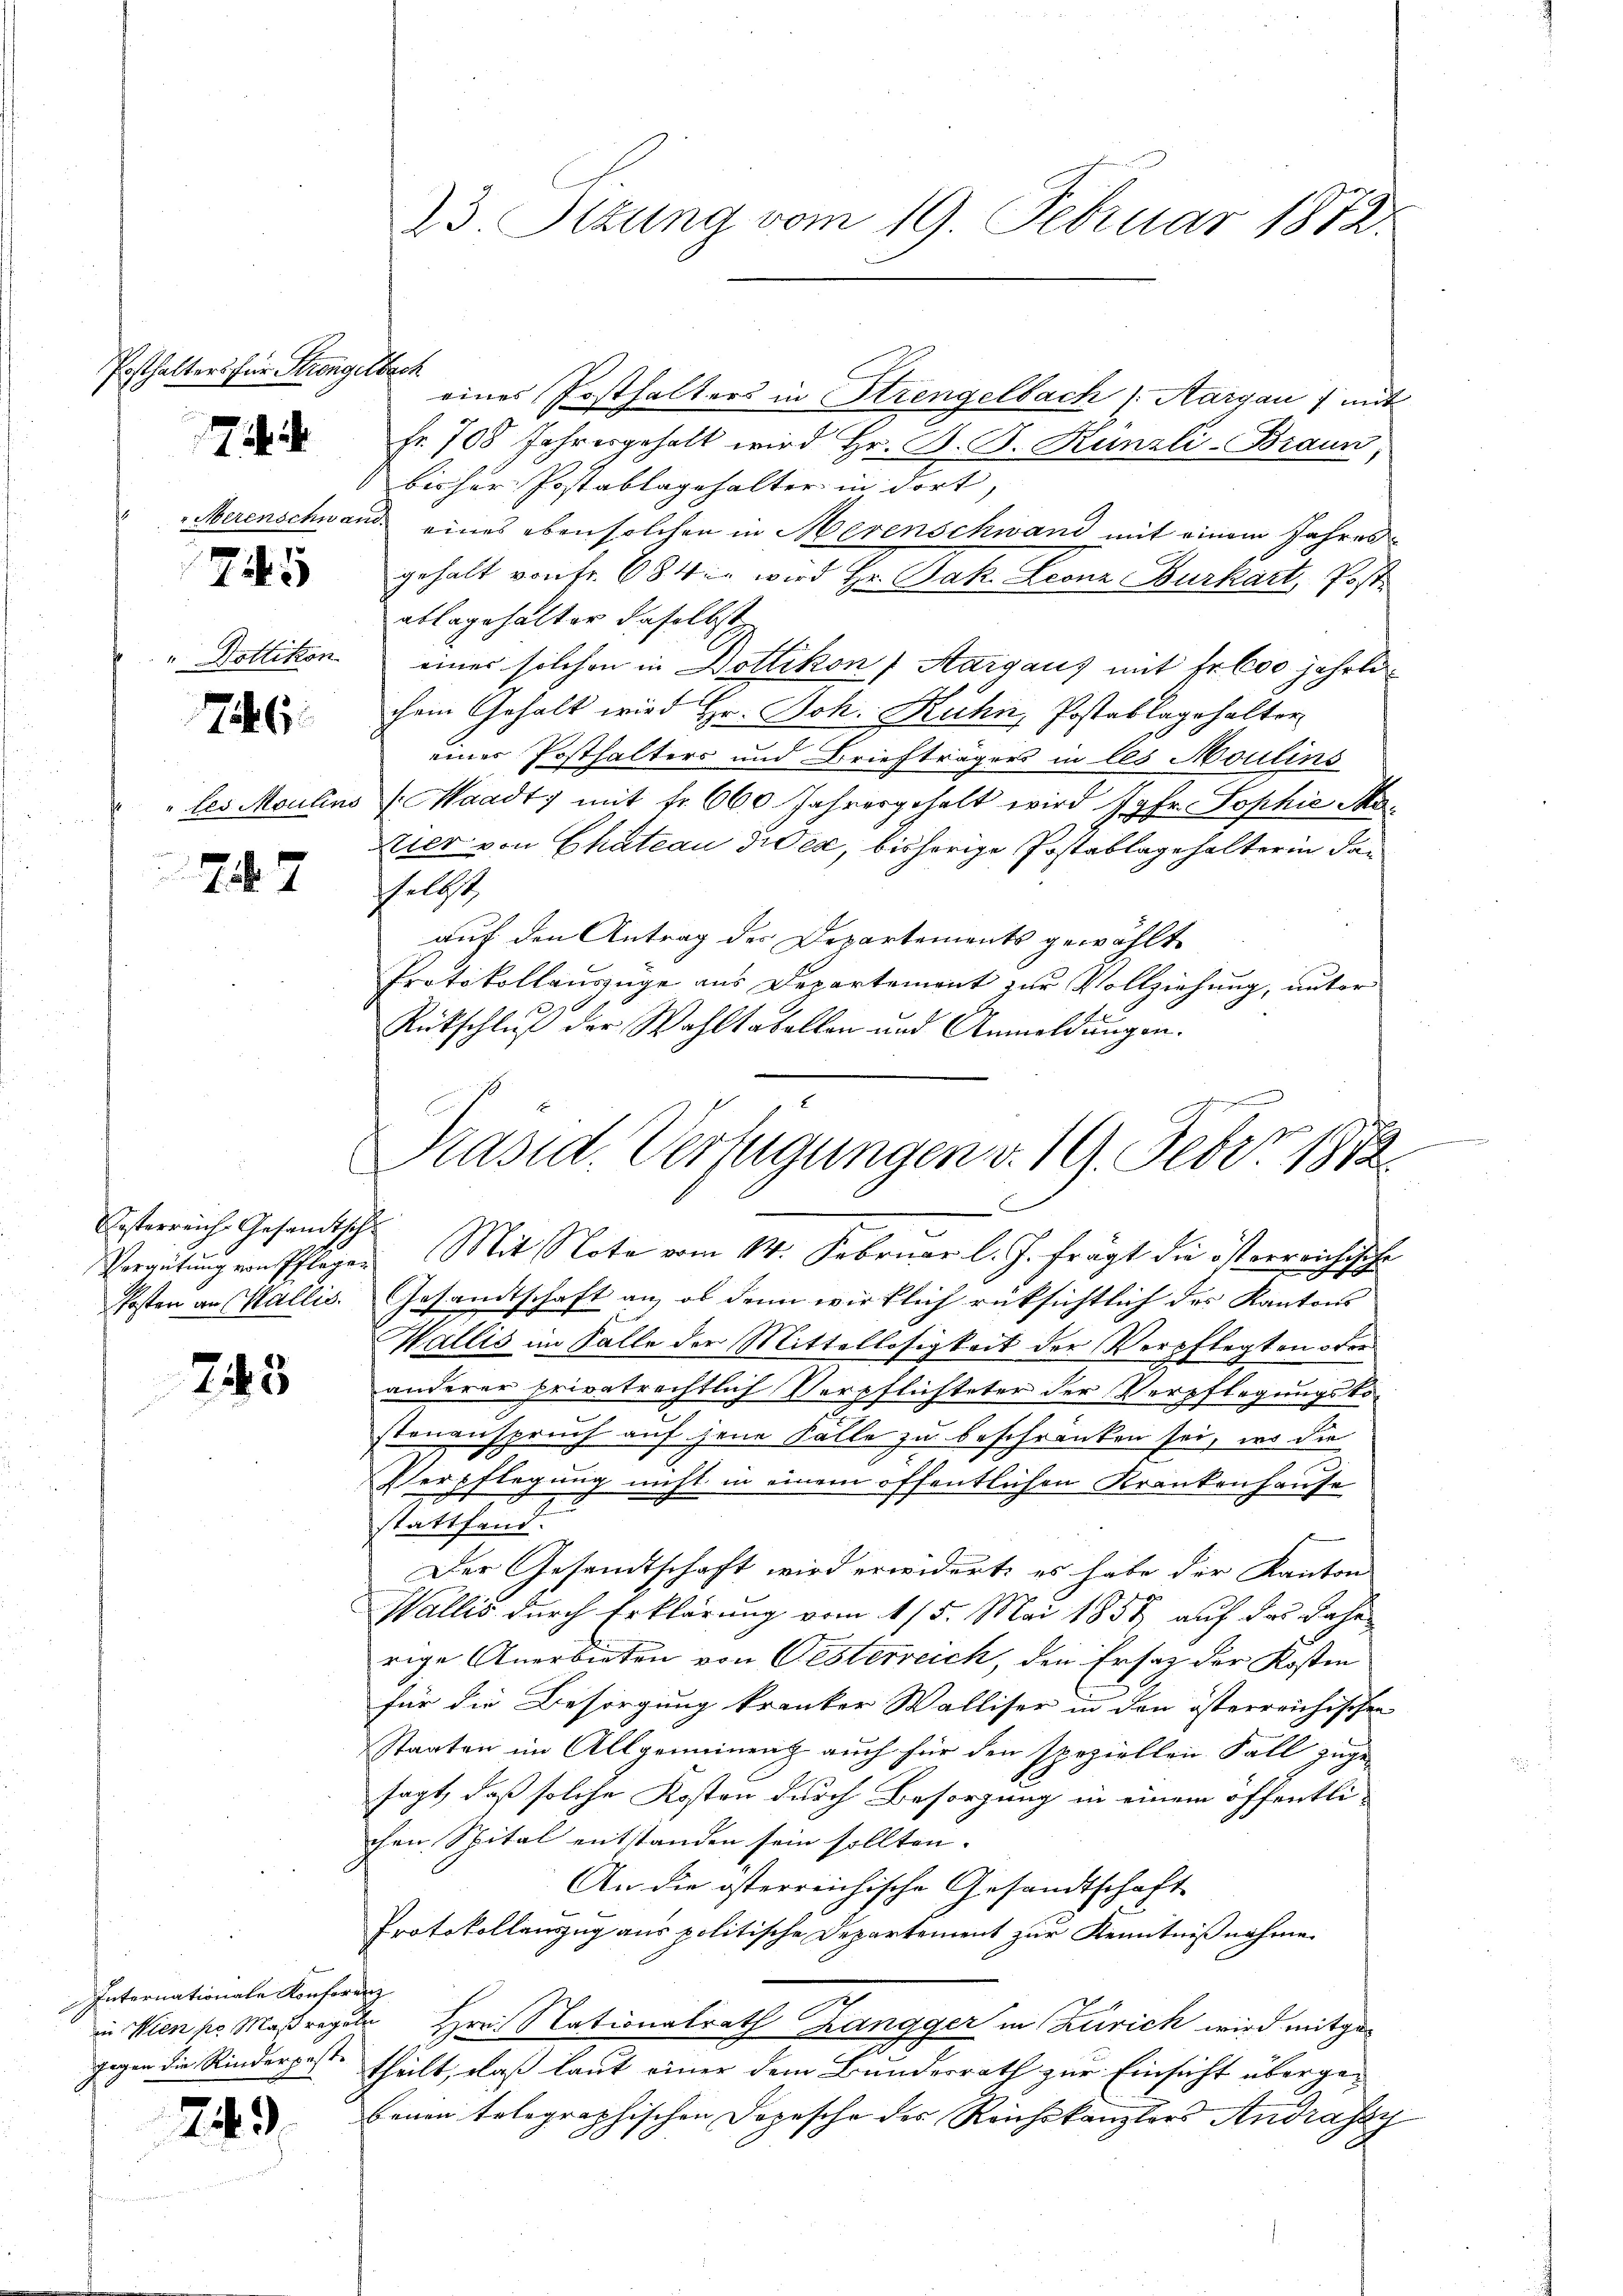
Posthalters für Strengelbach

7

745

76

747

Eesterreich Gesandtsch

245

Internationale Konferenz
gegen die Rinderpest.

249.

23. Sizung vom 19. Februar 1872.

eines Posthalters in Strengelbach 1. Aargau) mit
Fr. 708 Jahresgehalt wird Hr. B. G. Künzli-Braun
bisher Postablagehalter in dort,
Zerenschwand eines eben solchen in Merenschwand mit einem Jahres
gehalt von Fr. 684. wird Hr. Jak. Leonz Burkart, Post
ablagehalter daselbst
" Dottikon einer solchen in Dottikon, Aargaus mit Fr. 600 jährlichem Gehalt wird Hr. Joh. Kuhn, Postablagehalter
eines Posthalters und Briefträgers in les Moulins
" les Moulins (Waadt, mit fr. 660 Jahresgehalt wird Jgfr. Sophie Movier von Chateau dies, bisherige Postablage halterin dann
sselbst
auf den Antrag des Departements gewählte
Protokollauszüge aus Departement zur Vollziehung, unter
Rückschluß der Wahltabellen und Anmeldungen.
n
Vergütung von Pflegen Mit Note vom 14. Februar l. J. frägt die österreichische
Posten an Wallis. Gesandtschaft an, ob dann wirklich rüksichtlich der Kantons
Wallis im Falle der Mittellosigkeit der Verpflegten oder
anderer privatrechtlich Verpflichteter der Verpflegungskostenanspruch auf jene Fälle zu beschränken sei, wo die
Verpflegung nicht in einem öffentlichen Krankenhause
stattfand.
Der Gesandtschaft wird erwidert, es habe der Kanton
Wallis durch Erklärung vom 115. Mai 1857 auf das Jahr
rige Anerbieten von Oesterreich, den Ersatz der Kosten
für die Besorgung kranker Walliser in den österreichischen
Staaten im Allgemeinenz auch für den speziellen Fall zuge-
sagt, daß solche Kosten durch Besorgung in einem öffentli-
chen Spital entstanden sein sollten. |
An die österreichische Gesandtschaft
Protokollenzug aus politische Departement zur Kenntnißnahme.
.
in Wien pr. Maßregeln Hrn. Nationalrath Zangger in Zürich wird mitge-
theilt, daß laut einer dem Bundesrath zur Einsicht übergebenen tolographischen Dopesche des Reichskanzlors Andrasay

Präsid. Verfügungen v. 19. Febr. 1872.